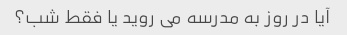
آیا در روز به مدرسه می روید یا فقط شب؟